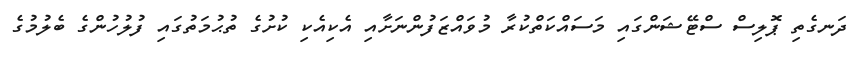
ދަނގެތި ޕޮލިސް ސްޓޭޝަންގައި މަސައްކަތްކުރާ މުވައްޒަފުންނަށާއި އެކިއެކި ކުށުގެ ތުޙުމަތުގައި ފުލުހުުންގެ ބެލުމުގެ